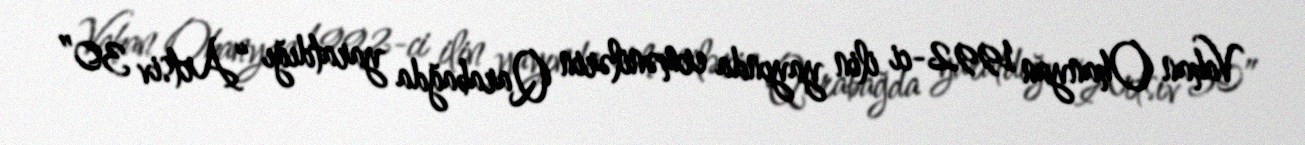
Vahan Ohanyan 1992-ci ilin yayında ermənilərin Qarabağda yaratdığı “Artsiv 30”